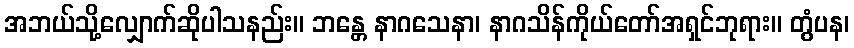
အဘယ်သို့လျှောက်ဆိုပါသနည်း။ ဘန္တေ နာဂသေနာ၊ နာဂသိန်ကိုယ်တော်အရှင်ဘုရား။ တွံပန၊